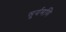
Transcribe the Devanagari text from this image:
सूर्यमणि